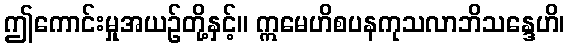
ဤကောင်းမှုအယဉ်တို့နှင့်။ ဣမေဟိစပနကုသလာဘိသန္ဒေဟိ၊